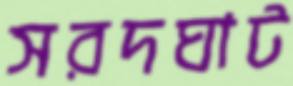
সরদঘাট